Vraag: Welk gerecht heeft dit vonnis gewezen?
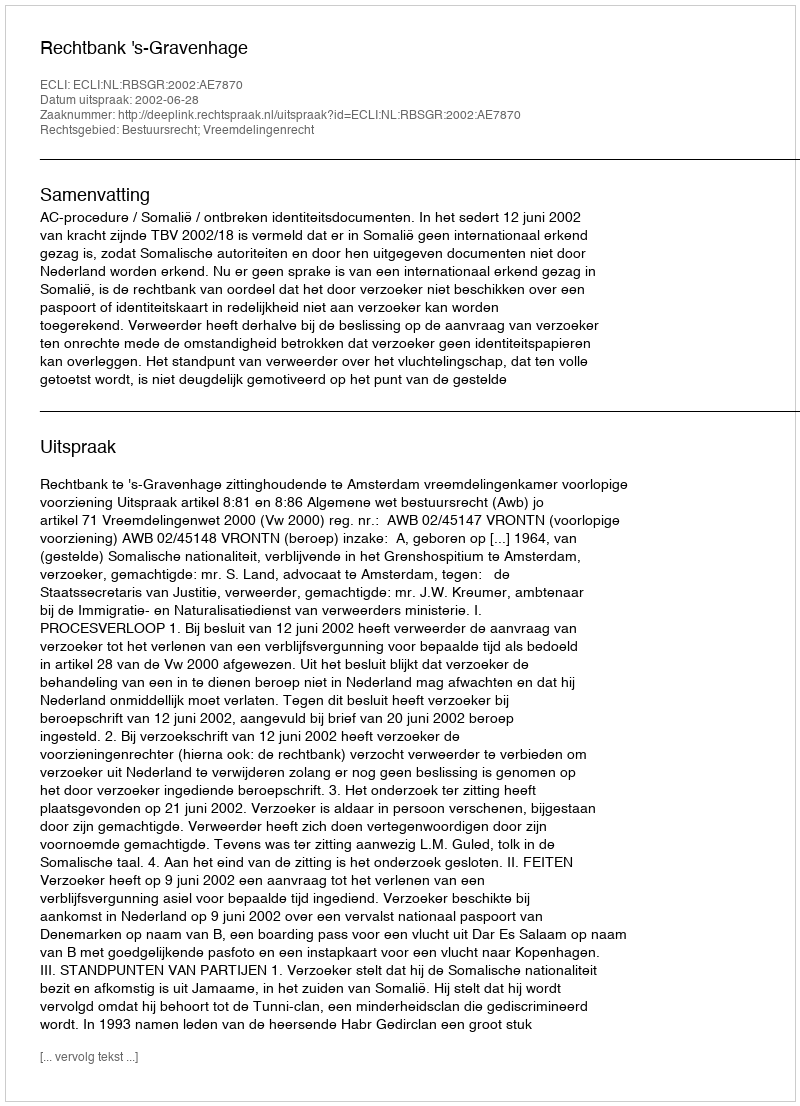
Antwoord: Rechtbank 's-Gravenhage